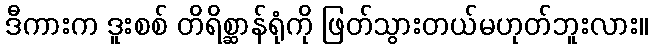
ဒီကားက ဒူးစစ် တိရိစ္ဆာန်ရုံကို ဖြတ်သွားတယ်မဟုတ်ဘူးလား။